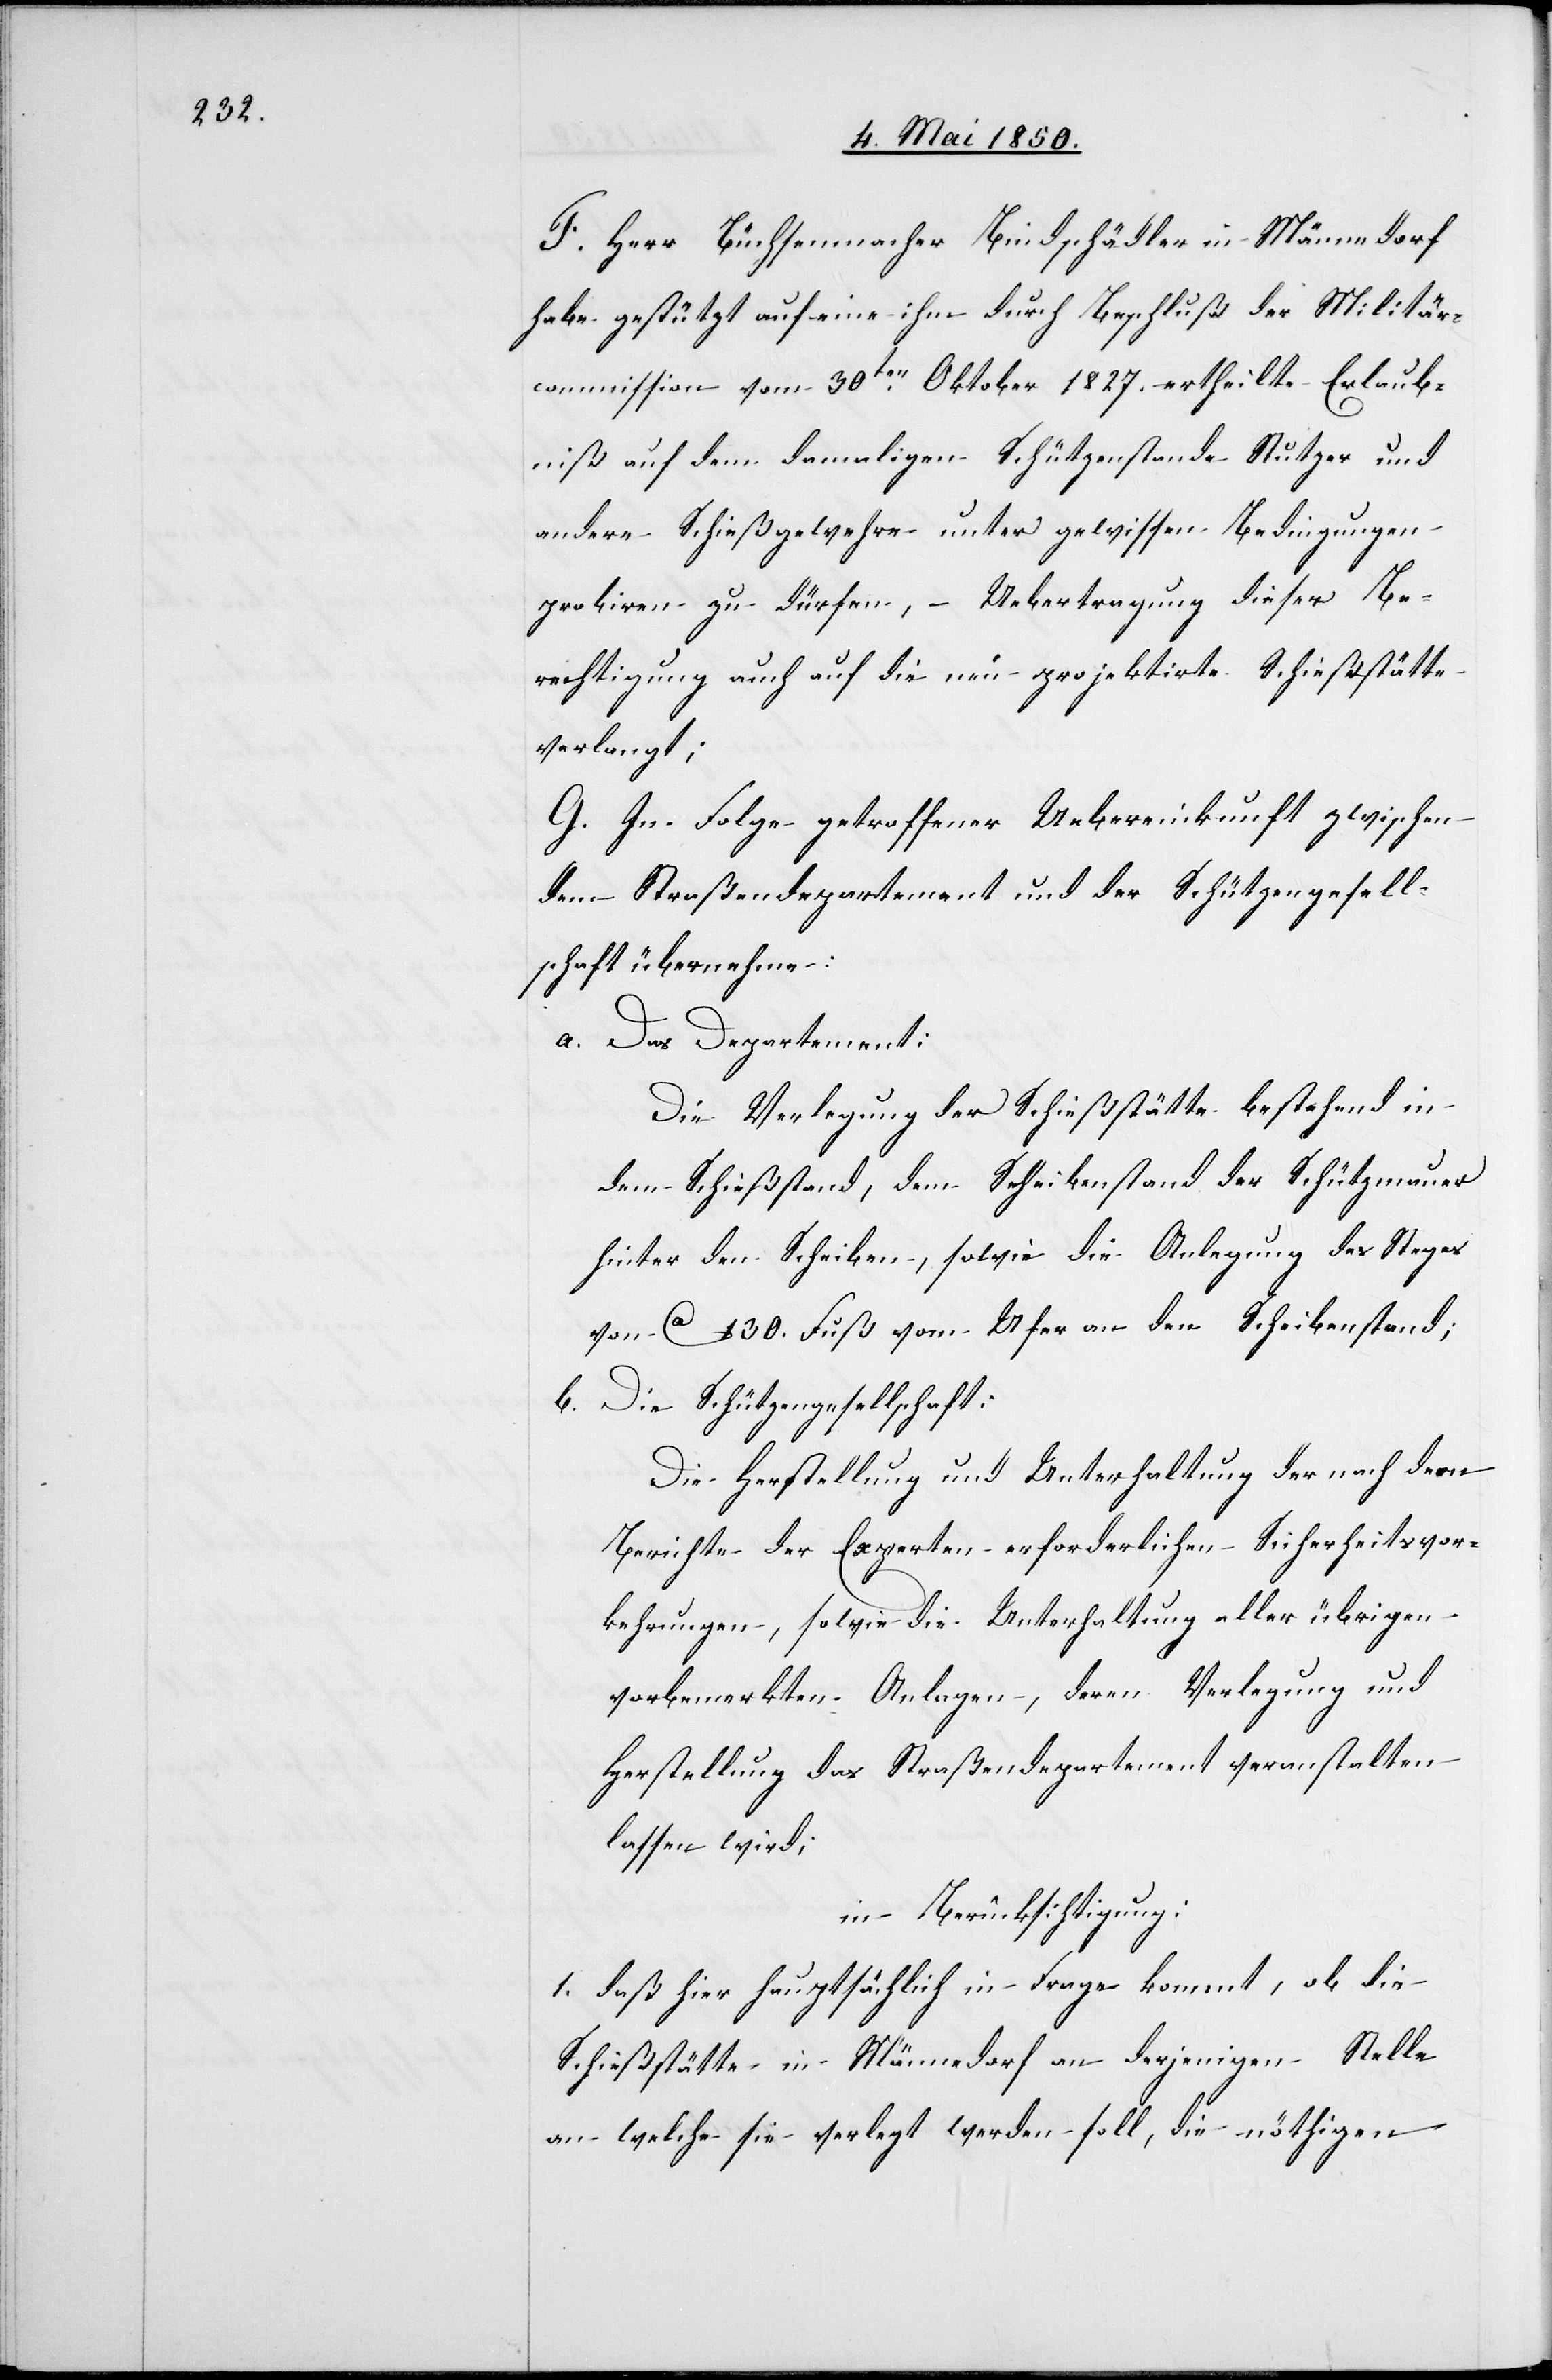
F. Herr Büchsenmacher Bindschädler in Männedorf
habe gestützt auf eine ihm durch Beschluß der Militär¬
commission vom 30ten Oktober 1827. ertheilte Erlaub¬
niß auf dem damaligen Schützenstande Stutzer und
andere Schießgewehre unter gewissen Bedingungen
probiren zu dürfen, Uebertragung dieser Be¬
rechtigung auch auf die neu projektirte Schießstätte
verlangt;
G. In Folge getroffener Uebereinkunft zwischen
dem Straßendepartement und der Schützengesell¬
schaft übernehme:
a. Das Departement:
Die Verlegung der Schießstätte bestehend in
dem Schießstand, dem Scheibenstand der Schützmauer
hinter den Scheiben, sowie die Anlegung des Steges
von Ca 130. Fuß vom Ufer an den Scheibenstand;
b. die Schützengesellschaft:
Die Herstellung und Unterhaltung der nach dem
Berichte der Experten erforderlichen Sicherheitsvor¬
kehrungen, sowie die Unterhaltung aller übrigen
vorbemerkten Anlagen, deren Verlegung und
Herstellung das Straßendepartement veranstalten
lassen wird;
in Berücksichtigung:
1. daß hier hauptsächlich in Frage kommt, ob die
Schießstätte in Männedorf an derjenigen Stelle
an welche sie verlegt werden soll, die nöthigen